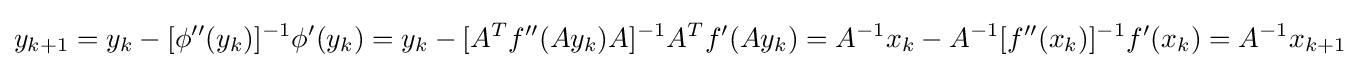
y_{k+1}=y_{k}-[\phi ''(y_{k})]^{-1}\phi '(y_{k})=y_{k}-[A^{T}f''(Ay_{k})A]^{-1}A^{T}f'(Ay_{k})=A^{-1}x_{k}-A^{-1}[f''(x_{k})]^{-1}f'(x_{k})=A^{-1}x_{k+1}